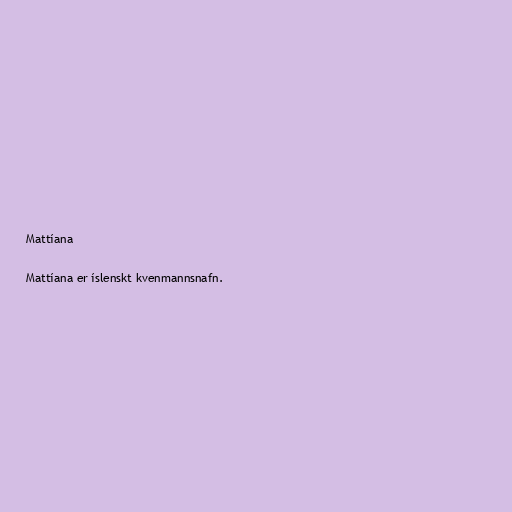
Mattíana

Mattíana er íslenskt kvenmannsnafn.